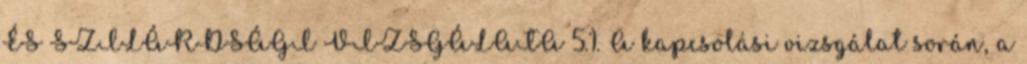
ÉS SZILÁRDSÁGI VIZSGÁLATA 5.1. A kapcsolási vizsgálat során, a